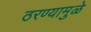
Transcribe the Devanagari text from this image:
ठरण्यामुळे